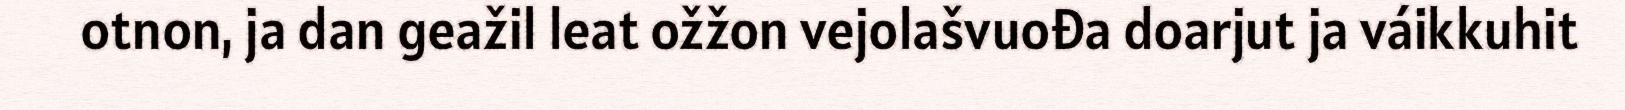
otnon, ja dan geažil leat ožžon vejolašvuođa doarjut ja váikkuhit